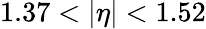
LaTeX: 1.37<|\eta|<1.52